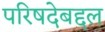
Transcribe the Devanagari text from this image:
परिषदेबद्दल